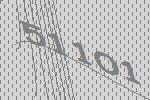
51101